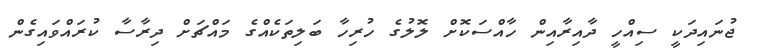
ޖުނައިދަކީ ސިއްހީ ދާއިރާއިން ހާއްސަކޮށް ލޮލުގެ ހުރިހާ ބަލިތަކެއްގެ މައްޗަށް ދިރާސާ ކުރައްވައިގެން